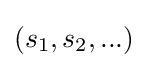
(s_{1},s_{2},...)